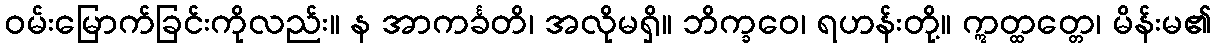
ဝမ်းမြောက်ခြင်းကိုလည်း။ န အာကင်္ခတိ၊ အလိုမရှိ။ ဘိက္ခဝေ၊ ရဟန်းတို့။ ဣတ္ထတ္တေ၊ မိန်းမ၏